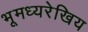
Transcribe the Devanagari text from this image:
भूमध्यरेखिय